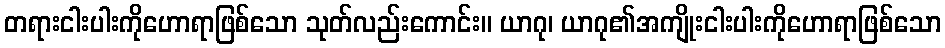
တရားငါးပါးကိုဟောရာဖြစ်သော သုတ်လည်းကောင်း။ ယာဂု၊ ယာဂု၏အကျိုးငါးပါးကိုဟောရာဖြစ်သော